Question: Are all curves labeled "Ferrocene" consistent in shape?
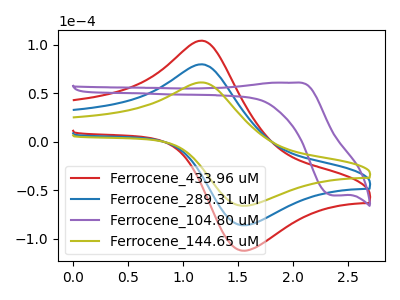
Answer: <think>The red curve "Ferrocene_433.96 uM" has an anodic peak at (1.15V, 159.85uA) and a cathodic peak at (1.55V, -171.90uA). The blue curve "Ferrocene_289.31 uM" has an anodic peak at (1.15V, 79.90uA) and a cathodic peak at (1.55V, -85.95uA). The purple curve "Ferrocene_104.80 uM" has an anodic peak at (2.00V, 61.00uA) and a cathodic peak at (2.35V, -55.20uA). The olive curve "Ferrocene_144.65 uM" has an anodic peak at (1.15V, 61.25uA) and a cathodic peak at (1.55V, -65.90uA).
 All the peaks in "Ferrocene_433.96 uM" have a peak in "Ferrocene_289.31 uM" at the same potential. Every peak in "Ferrocene_433.96 uM" is higher than every peak in "Ferrocene_289.31 uM". "Ferrocene_433.96 uM" and "Ferrocene_104.80 uM" have at least one peak that do not match. All the peaks in "Ferrocene_433.96 uM" have a peak in "Ferrocene_144.65 uM" at the same potential. Every peak in "Ferrocene_433.96 uM" is higher than every peak in "Ferrocene_144.65 uM". "Ferrocene_289.31 uM" and "Ferrocene_104.80 uM" have at least one peak that do not match. All the peaks in "Ferrocene_289.31 uM" have a peak in "Ferrocene_144.65 uM" at the same potential. Every peak in "Ferrocene_289.31 uM" is higher than every peak in "Ferrocene_144.65 uM". "Ferrocene_104.80 uM" and "Ferrocene_144.65 uM" have at least one peak that do not match.</think>
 <answer>All the CV's of "Ferrocene" have similar shape.</answer>
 <eval>follow_rule</eval>